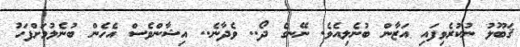
ޤަބޫލު ނުކުރެވިފައި އަޒާން ބުނެލިއެވެ. ނޭނގެ ދޯ.. ވެދާނެ.. އިޝާންވެސް އެހެން ބުނެލުމަށްފަހު